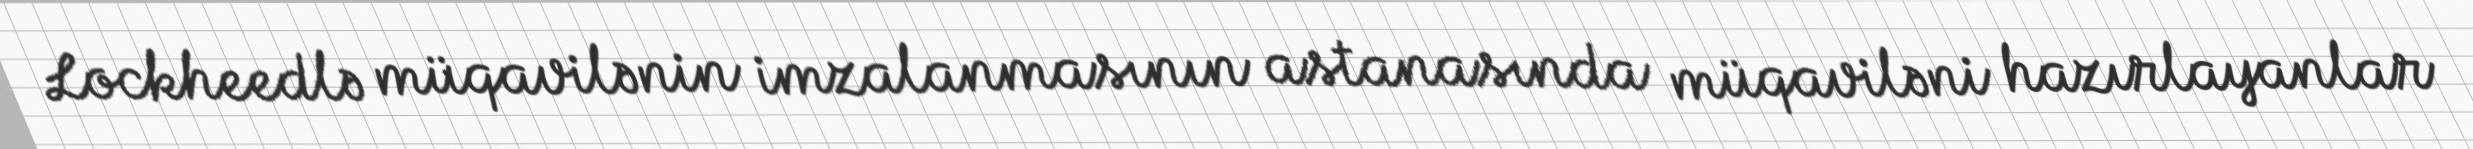
Lockheedlə müqavilənin imzalanmasının astanasında müqaviləni hazırlayanlar